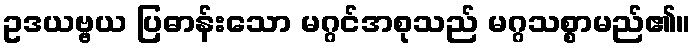
ဥဒယဗ္ဗယ ပြဓာန်းသော မဂ္ဂင်အစုသည် မဂ္ဂသစ္စာမည်၏။